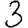
Digit: 3